Vaccination North-Western Provinces 1866-1877 - 1866-1877
Year: 1866
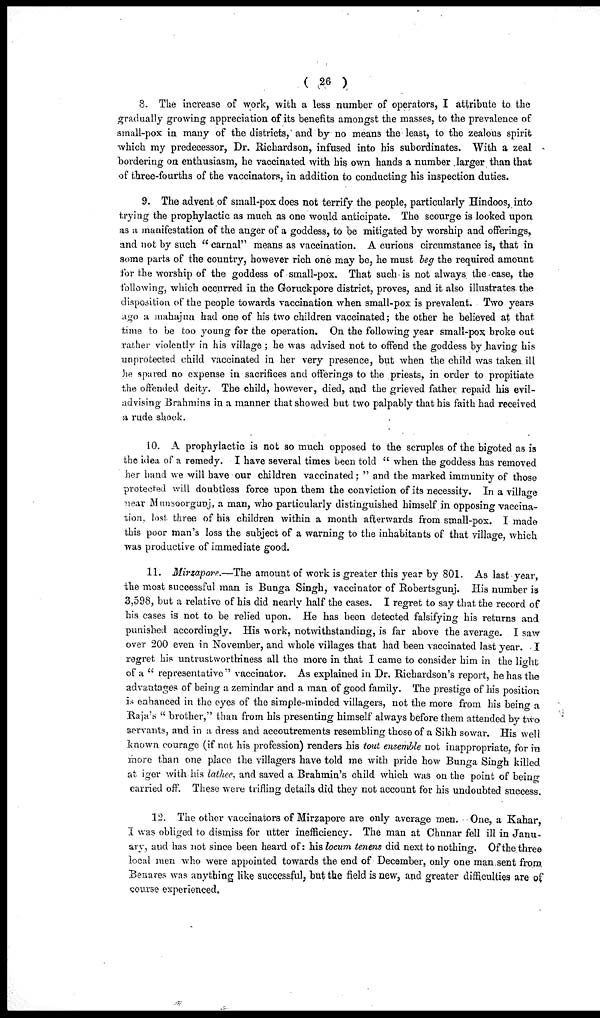
( 26 )
8. The increase of work, with a less number of operators, I attribute to the
gradually growing appreciation of its benefits amongst the masses, to the prevalence of
small-pox in many of the districts, and by no means the least, to the zealous spirit
which my predecessor, Dr. Richardson, infused into his subordinates. With a zeal
bordering on enthusiasm, he vaccinated with his own hands a number larger than that
of three-fourths of the vaccinators, in addition to conducting his inspection duties.
9. The advent of small-pox does not terrify the people, particularly Hindoos, into
trying the prophylactic as much as one would anticipate. The scourge is looked upon
as a manifestation of the anger of a goddess, to be mitigated by worship and offerings,
and not by such "carnal" means as vaccination. A curious circumstance is, that in
some parts of the country, however rich one may be, he must beg the required amount
for the worship of the goddess of small-pox. That such is not always the case, the
following, which occurred in the Goruckpore district, proves, and it also illustrates the
disposition of the people towards vaccination when small-pox is prevalent. Two years
ago a mahajun had one of his two children vaccinated; the other he believed at that
time to be too young for the operation. On the following year small-pox broke out
rather violently in his village ; he was advised not to offend the goddess by having his
unprotected child vaccinated in her very presence, but when the child was taken ill
he spared no expense in sacrifices and offerings to the priests, in order to propitiate
the offended deity. The child, however, died, and the grieved father repaid his evil-
advising Brahmins in a manner that showed but two palpably that his faith had received
a, rude shock.
10. A prophylactic is not so much opposed to the scruples of the bigoted as is
the idea of a remedy. I have several times been told "when the goddess has removed
her hand we will have our children vaccinated; " and the marked immunity of those
protected will doubtless force upon them the conviction of its necessity. In a village
near Munsoorgunj, a man, who particularly distinguished himself in opposing vaccina¬
tion, lost three of his children within a month afterwards from small-pox. I made
this poor man's loss the subject of a warning to the inhabitants of that village, which
was productive of immediate good.
11. Mirzapore.—The amount of work is greater this year by 801. As last year,
the most successful man is Bunga Singh, vaccinator of Robertsgunj. His number is
3,598, but a relative of his did nearly half the cases. I regret to say that the record of
his cases is not to be relied upon. He has been detected falsifying his returns and
punished accordingly. His work, notwithstanding, is far above the average. I saw
over 200 even in November, and whole villages that had been vaccinated last year. I
regret his untrustworthiness all the more in that I came to consider him in the light
of a "representative" vaccinator. As explained in Dr. Richardson's report, he has the
advantages of being a zemindar and a man of good family. The prestige of his position
is enhanced in the eyes of the simple-minded villagers, not the more from his being a
Raja's "brother," than from his presenting himself always before them attended by two
servants, and in a dress and accoutrements resembling those of a Sikh sowar. His well
known courage (if not his profession) renders his tout ensemble not inappropriate, for in
more than one place the villagers have told me with pride how Bunga Singh killed
at iger with his lathee, and saved a Brahmin's child which was on the point of being
carried off. These were trifling details did they not account for his undoubted success.
12. The other vaccinators of Mirzapore are only average men. One, a Kahar,
I was obliged to dismiss for utter inefficiency. The man at Chunar fell ill in Janu¬
ary, and has not since been heard of: his locum tenens did next to nothing. Of the three
local men who were appointed towards the end of December, only one man sent from
Benares was anything like successful, but the field is new, and greater difficulties are of
course experienced.